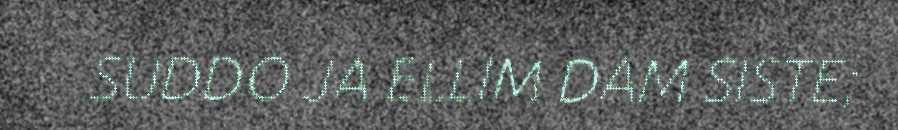
SUDDO JA ELLIM DAM SISTE;